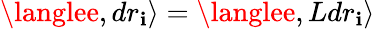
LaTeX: \langlee,dr_{\mathbf{i}}\rangle=\langlee,Ldr_{\mathbf{i}}\rangle